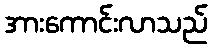
အားကောင်းလာသည်